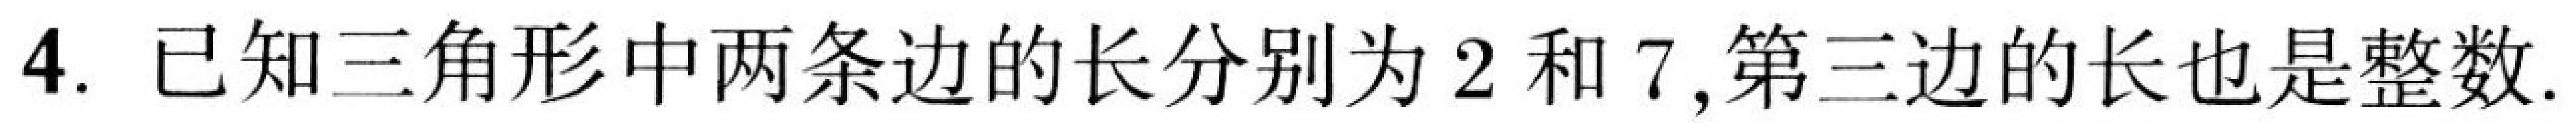
4. 已知三角形中两条边的长分别为$2$和$7$, 第三边的长也是整数.